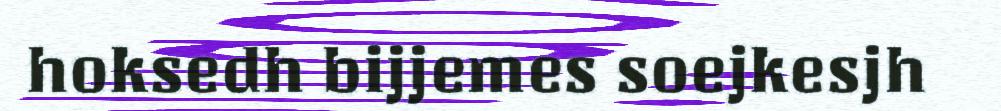
hoksedh bijjemes soejkesjh